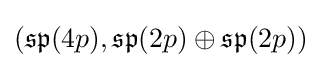
({\mathfrak {sp}}(4p),{\mathfrak {sp}}(2p)\oplus {\mathfrak {sp}}(2p))